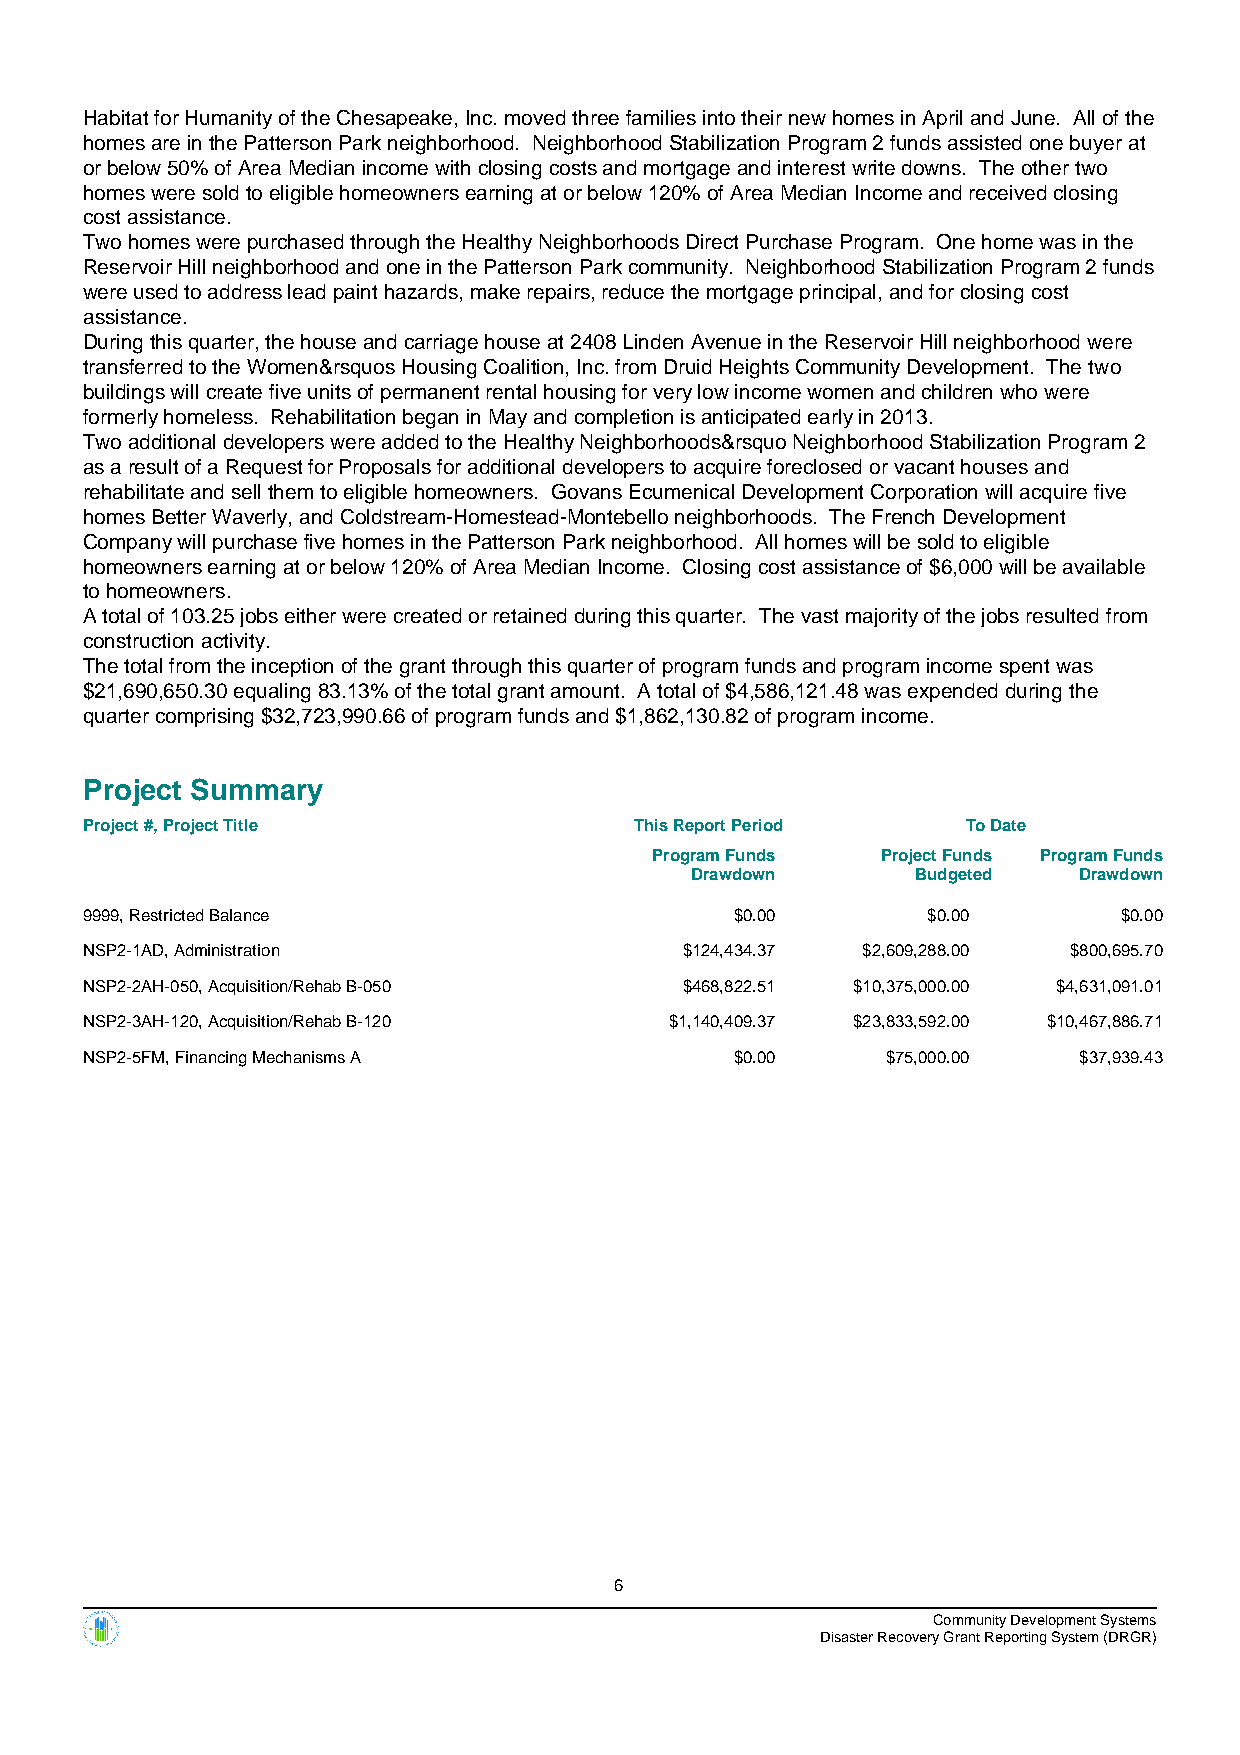
Habitat for Humanity of the Chesapeake, Inc. moved three families into their new homes in April and June. All of the
 homes are in the Patterson Park neighborhood. Neighborhood Stabilization Program 2 funds assisted one buyer at
 or below 50% of Area Median income with closing costs and mortgage and interest write downs. The other two
 homes were sold to eligible homeowners earning at or below 120% of Area Median Income and received closing
 cost assistance.
 Two homes were purchased through the Healthy Neighborhoods Direct Purchase Program. One home was in the
 Reservoir Hill neighborhood and one in the Patterson Park community. Neighborhood Stabilization Program 2 funds
 were used to address lead paint hazards, make repairs, reduce the mortgage principal, and for closing cost
 assistance.
 During this quarter, the house and carriage house at 2408 Linden Avenue in the Reservoir Hill neighborhood were
 transferred to the Women&rsquos Housing Coalition, Inc. from Druid Heights Community Development. The two
 buildings will create five units of permanent rental housing for very low income women and children who were
 formerly homeless. Rehabilitation began in May and completion is anticipated early in 2013.
 Two additional developers were added to the Healthy Neighborhoods&rsquo Neighborhood Stabilization Program 2
 as a result of a Request for Proposals for additional developers to acquire foreclosed or vacant houses and
 rehabilitate and sell them to eligible homeowners. Govans Ecumenical Development Corporation will acquire five
 homes Better Waverly, and Coldstream-Homestead-Montebello neighborhoods. The French Development
 Company will purchase five homes in the Patterson Park neighborhood. All homes will be sold to eligible
 homeowners earning at or below 120% of Area Median Income. Closing cost assistance of $6,000 will be available
 to homeowners.
 A total of 103.25 jobs either were created or retained during this quarter. The vast majority of the jobs resulted from
 construction activity.
 The total from the inception of the grant through this quarter of program funds and program income spent was
 $21,690,650.30 equaling 83.13% of the total grant amount. A total of $4,586,121.48 was expended during the
 quarter comprising $32,723,990.66 of program funds and $1,862,130.82 of program income.
 Project Summary
 Project #, Project Title            This Report Period    To Date
 Program Funds  Project Funds Program Funds
 Drawdown       Budgeted  Drawdown
 9999, Restricted Balance                   $0.00       $0.00        $0.00
 NSP2-1AD, Administration               $124,434.37 $2,609,288.00 $800,695.70
 NSP2-2AH-050, Acquisition/Rehab B-050  $468,822.51 $10,375,000.00 $4,631,091.01
 NSP2-3AH-120, Acquisition/Rehab B-120 $1,140,409.37 $23,833,592.00 $10,467,886.71
 NSP2-5FM, Financing Mechanisms A           $0.00     $75,000.00  $37,939.43
 6
 Community Development Systems
 Disaster Recovery Grant Reporting System (DRGR)